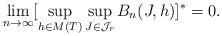
LaTeX: \begin{align*}\lim_{n \rightarrow \infty} [ \sup_{h \in M(T)} \sup_{J \in \mathcal{J}_r} B_n(J,h)]^{*} =0. \end{align*}